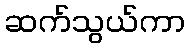
ဆက်သွယ်ကာ